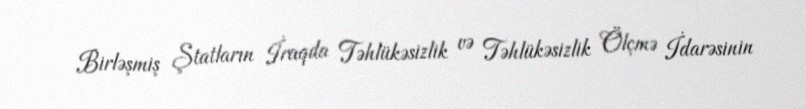
Birləşmiş Ştatların İraqda Təhlükəsizlik və Təhlükəsizlik Ölçmə İdarəsinin